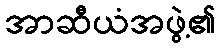
အာဆီယံအဖွဲ့၏